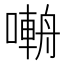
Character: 𡀑